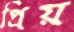
প্রিয়